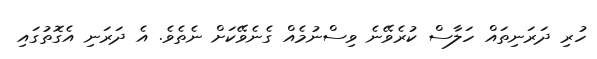
ހުރި ދަރަނިތައް ހަލާސް ކުރެވޭނެ ވިސްނުމެއް ގެނެވޭކަށް ނެތެވެ. އެ ދަރަނި އެގޮތުގައި